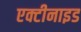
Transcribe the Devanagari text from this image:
एक्टीनाइड